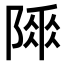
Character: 𨻌